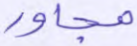
مجاور